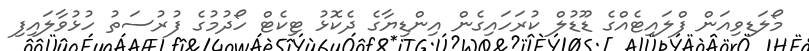
މޯލަޑިވިއަން ފްލައިޓެއްގެ ޑޫޑުލް ކުރަހައިގެން އިންޑިޔާގެ ދެކޮޅު ޓިކެޓް ހޯދުމުގެ ފުރުސަތު ހުޅުވާލައިފި